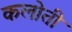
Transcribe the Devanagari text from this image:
कलोती